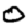
Digit: 0